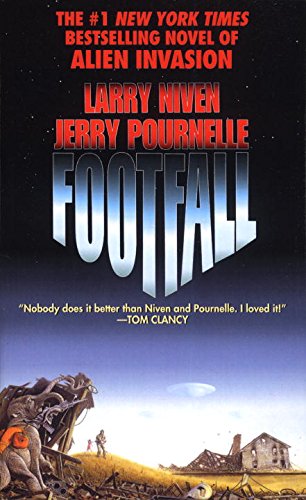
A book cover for Footfall; Larry Niven; Science Fiction & Fantasy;